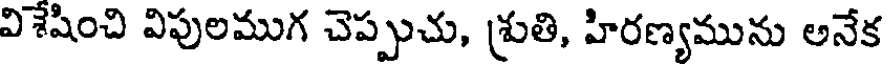
విశేషించి విపులముగ చెప్పుచు, శ్రుతి, హిరణ్యమును అనేక